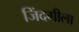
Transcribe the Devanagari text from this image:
जिंदगीला